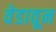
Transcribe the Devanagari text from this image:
वेडावून